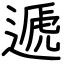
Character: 遞